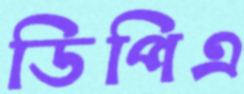
ডিপিএ